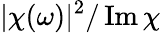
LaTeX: |\chi(\omega)|^{2}/\operatorname{Im}\chi